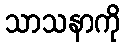
သာသနာကို